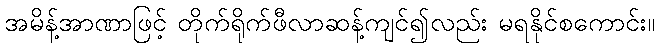
အမိန့်အာဏာဖြင့် တိုက်ရိုက်ဖီလာဆန့်ကျင်၍လည်း မရနိုင်စကောင်း။